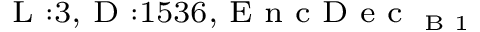
_ { \textrm { L } : 3 , \textrm { D } : 1 5 3 6 , \textrm { E n c D e c } _ { \textrm { B } 1 } }